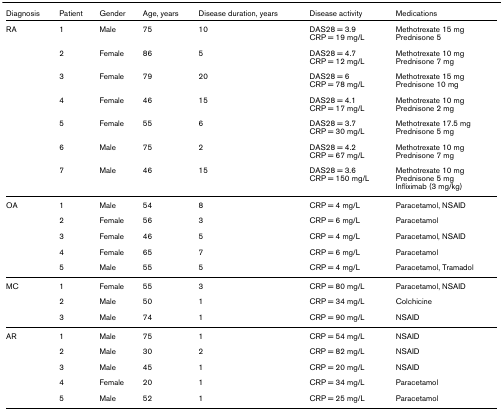
<table><thead><tr><td><b>Diagnosis</b></td><td><b>Patient</b></td><td><b>Gender</b></td><td><b>Age, years</b></td><td><b>Disease duration, years</b></td><td><b>Disease activity</b></td><td><b>Medications</b></td></tr></thead><tbody><tr><td>RA</td><td>1</td><td>Male</td><td>75</td><td>10</td><td>DAS28 = 3.9CRP = 19 mg/L</td><td>Methotrexate 15 mgPrednisone 5</td></tr><tr><td></td><td>2</td><td>Female</td><td>86</td><td>5</td><td>DAS28 = 4.7CRP = 12 mg/L</td><td>Methotrexate 10 mgPrednisone 7 mg</td></tr><tr><td></td><td>3</td><td>Female</td><td>79</td><td>20</td><td>DAS28 = 6CRP = 78 mg/L</td><td>Methotrexate 15 mgPrednisone 10 mg</td></tr><tr><td></td><td>4</td><td>Female</td><td>46</td><td>15</td><td>DAS28 = 4.1CRP = 17 mg/L</td><td>Methotrexate 10 mgPrednisone 2 mg</td></tr><tr><td></td><td>5</td><td>Female</td><td>55</td><td>6</td><td>DAS28 = 3.7CRP = 30 mg/L</td><td>Methotrexate 17.5 mgPrednisone 5 mg</td></tr><tr><td></td><td>6</td><td>Male</td><td>75</td><td>2</td><td>DAS28 = 4.2CRP = 67 mg/L</td><td>Methotrexate 10 mgPrednisone 7 mg</td></tr><tr><td></td><td>7</td><td>Male</td><td>46</td><td>15</td><td>DAS28 = 3.6CRP = 150 mg/L</td><td>Methotrexate 10 mgPrednisone 5 mgInfliximab (3 mg/kg)</td></tr><tr><td>OA</td><td>1</td><td>Male</td><td>54</td><td>8</td><td>CRP = 4 mg/L</td><td>Paracetamol, NSAID</td></tr><tr><td></td><td>2</td><td>Female</td><td>56</td><td>3</td><td>CRP = 6 mg/L</td><td>Paracetamol</td></tr><tr><td></td><td>3</td><td>Female</td><td>46</td><td>5</td><td>CRP = 4 mg/L</td><td>Paracetamol, NSAID</td></tr><tr><td></td><td>4</td><td>Female</td><td>65</td><td>7</td><td>CRP = 6 mg/L</td><td>Paracetamol</td></tr><tr><td></td><td>5</td><td>Male</td><td>55</td><td>5</td><td>CRP = 4 mg/L</td><td>Paracetamol, Tramadol</td></tr><tr><td>MC</td><td>1</td><td>Female</td><td>55</td><td>3</td><td>CRP = 80 mg/L</td><td>Paracetamol, NSAID</td></tr><tr><td></td><td>2</td><td>Male</td><td>50</td><td>1</td><td>CRP = 34 mg/L</td><td>Colchicine</td></tr><tr><td></td><td>3</td><td>Male</td><td>74</td><td>1</td><td>CRP = 90 mg/L</td><td>NSAID</td></tr><tr><td>AR</td><td>1</td><td>Male</td><td>75</td><td>1</td><td>CRP = 54 mg/L</td><td>NSAID</td></tr><tr><td></td><td>2</td><td>Male</td><td>30</td><td>2</td><td>CRP = 82 mg/L</td><td>NSAID</td></tr><tr><td></td><td>3</td><td>Male</td><td>45</td><td>1</td><td>CRP = 20 mg/L</td><td>NSAID</td></tr><tr><td></td><td>4</td><td>Female</td><td>20</td><td>1</td><td>CRP = 34 mg/L</td><td>Paracetamol</td></tr><tr><td></td><td>5</td><td>Male</td><td>52</td><td>1</td><td>CRP = 25 mg/L</td><td>Paracetamol</td></tr></tbody></table>